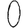
Digit: 0